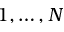
1 , \ldots , N